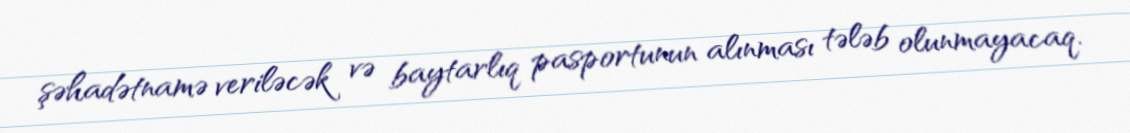
şəhadətnamə veriləcək və baytarlıq pasportunun alınması tələb olunmayacaq.